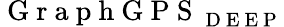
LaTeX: \mathrm{~G~r~a~p~h~G~P~S~}_{\mathrm{~D~E~E~P~}}